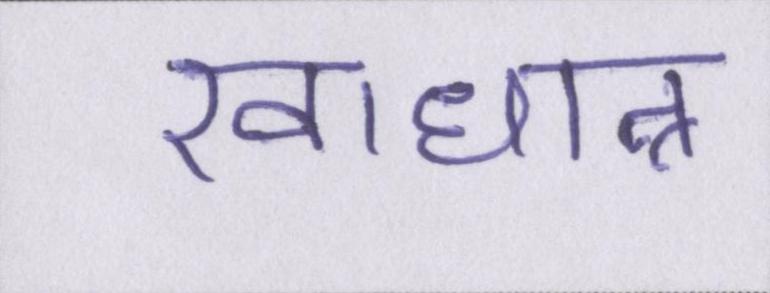
खाधान्न